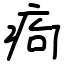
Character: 痀